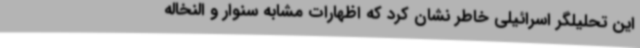
این تحلیلگر اسرائیلی خاطر نشان کرد که اظهارات مشابه سنوار و النخاله